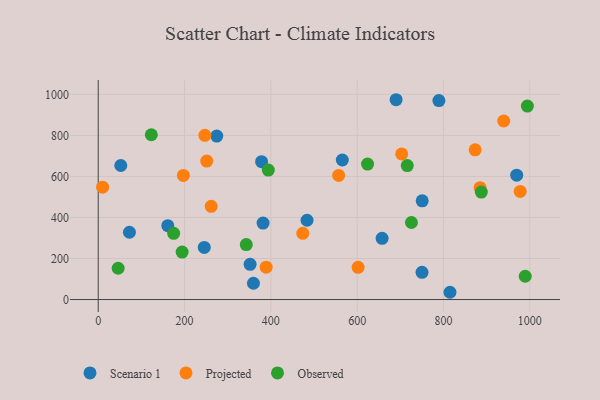
{"axis": {"x": "Ad Spend", "y": "Sales"}, "legend": ["Observed", "Projected", "Scenario 1"], "data": [{"x": "690.1", "y": 973.8, "type": "Scenario 1"}, {"x": "72.3", "y": 327.9, "type": "Scenario 1"}, {"x": "351.9", "y": 171.3, "type": "Scenario 1"}, {"x": "750.6", "y": 481.1, "type": "Scenario 1"}, {"x": "359.6", "y": 79.3, "type": "Scenario 1"}, {"x": "815.0", "y": 35.3, "type": "Scenario 1"}, {"x": "274.6", "y": 796.5, "type": "Scenario 1"}, {"x": "969.6", "y": 606.1, "type": "Scenario 1"}, {"x": "789.3", "y": 969.6, "type": "Scenario 1"}, {"x": "161.2", "y": 359.8, "type": "Scenario 1"}, {"x": "483.8", "y": 386.3, "type": "Scenario 1"}, {"x": "52.3", "y": 653.2, "type": "Scenario 1"}, {"x": "245.7", "y": 253.9, "type": "Scenario 1"}, {"x": "565.5", "y": 680.1, "type": "Scenario 1"}, {"x": "381.9", "y": 372.4, "type": "Scenario 1"}, {"x": "750.2", "y": 132.6, "type": "Scenario 1"}, {"x": "657.7", "y": 298.4, "type": "Scenario 1"}, {"x": "378.5", "y": 672.0, "type": "Scenario 1"}, {"x": "939.5", "y": 870.0, "type": "Projected"}, {"x": "703.1", "y": 709.4, "type": "Projected"}, {"x": "602.1", "y": 157.1, "type": "Projected"}, {"x": "389.1", "y": 157.7, "type": "Projected"}, {"x": "884.8", "y": 545.2, "type": "Projected"}, {"x": "251.5", "y": 675.0, "type": "Projected"}, {"x": "557.0", "y": 604.6, "type": "Projected"}, {"x": "247.1", "y": 800.3, "type": "Projected"}, {"x": "261.8", "y": 454.4, "type": "Projected"}, {"x": "873.3", "y": 729.5, "type": "Projected"}, {"x": "977.6", "y": 526.9, "type": "Projected"}, {"x": "10.2", "y": 547.4, "type": "Projected"}, {"x": "197.2", "y": 604.8, "type": "Projected"}, {"x": "473.9", "y": 322.8, "type": "Projected"}, {"x": "725.7", "y": 375.3, "type": "Observed"}, {"x": "174.8", "y": 322.6, "type": "Observed"}, {"x": "887.6", "y": 523.9, "type": "Observed"}, {"x": "46.2", "y": 152.4, "type": "Observed"}, {"x": "343.0", "y": 268.0, "type": "Observed"}, {"x": "123.0", "y": 803.1, "type": "Observed"}, {"x": "194.4", "y": 231.0, "type": "Observed"}, {"x": "989.3", "y": 113.4, "type": "Observed"}, {"x": "716.0", "y": 652.8, "type": "Observed"}, {"x": "624.0", "y": 660.3, "type": "Observed"}, {"x": "994.3", "y": 942.9, "type": "Observed"}, {"x": "394.1", "y": 630.9, "type": "Observed"}]}